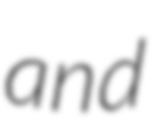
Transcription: and